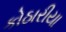
કોઠારીયા